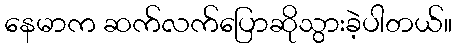
နေမာက ဆက်လက်ပြောဆိုသွားခဲ့ပါတယ်။